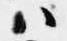
ハ